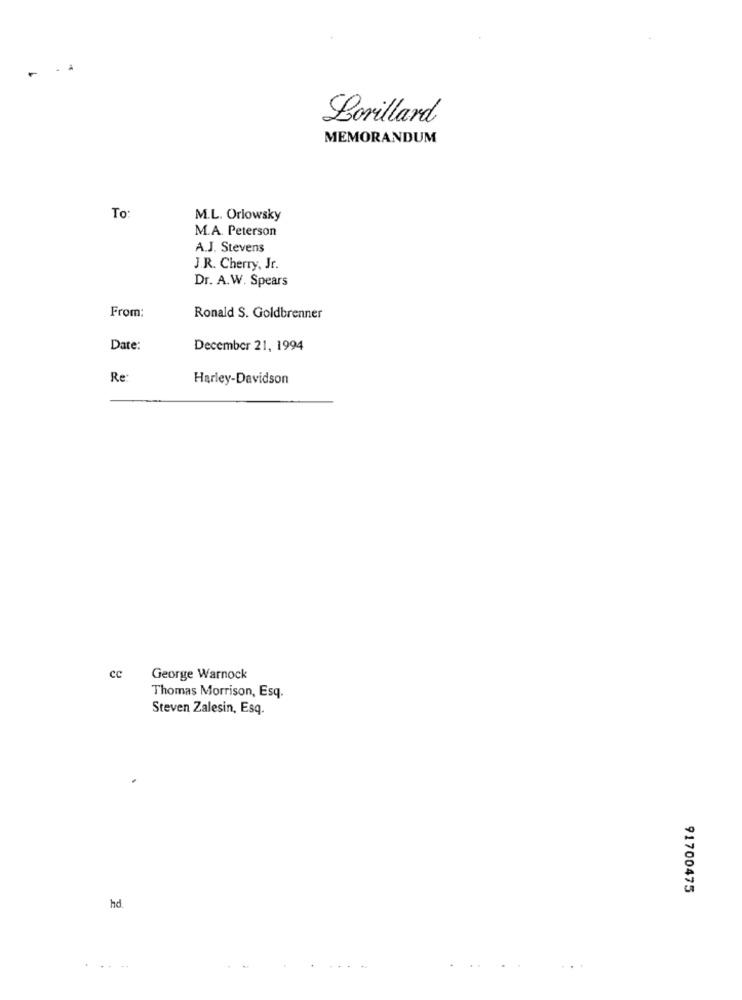
Lorillard
MEMORANDUM
To:
M.L. Orlowsky
M.A. Peterson
A.J. Stevens
J.R. Cherry, Jr.
Dr. A.W. Spears
From:
Ronald S. Goldbrenner
Date:
December 21, 1994
Re:
Harley-Davidson
cc
George Warnock
Thomas Morrison, Esq.
Steven Zalesin, Esq.
91700475
hd